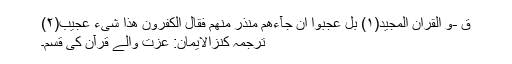
قٓ ۫ۚ-وَ الْقُرْاٰنِ الْمَجِیْدِۚ(۱) بَلْ عَجِبُوْۤا اَنْ جَآءَهُمْ مُّنْذِرٌ مِّنْهُمْ فَقَالَ الْكٰفِرُوْنَ هٰذَا شَیْءٌ عَجِیْبٌۚ(۲)
ترجمۂ کنزالایمان: عزت والے قرآن کی قسم۔